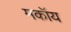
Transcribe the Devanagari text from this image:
मकॉय